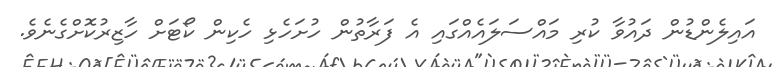
އައިލެންޑުން ދައުވާ ކުރި މައްސަލައެއްގައި އެ ފަރާތުން ހުށަހެޅި ހެކިން ކޯޓަށް ހާޒިރުކޮށްގެނެވެ.